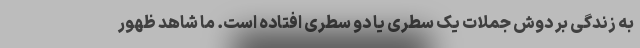
به زندگی بر دوش جملات یک سطری یا دو سطری افتاده است. ما شاهد ظهور